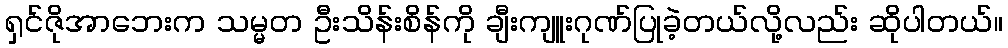
ရှင်ဇိုအာဘေးက သမ္မတ ဦးသိန်းစိန်ကို ချီးကျူးဂုဏ်ပြုခဲ့တယ်လို့လည်း ဆိုပါတယ်။